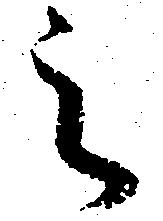
之